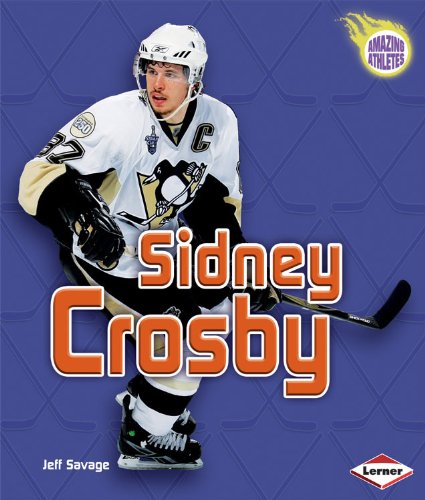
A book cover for Sidney Crosby (Amazing Athletes); Jeff Savage; Children's Books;